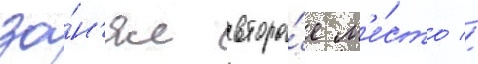
за́н'ял второ́е м'е́сто //